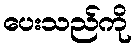
ပေးသည်ကို